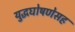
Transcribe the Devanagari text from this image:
युद्धघोषणेसह